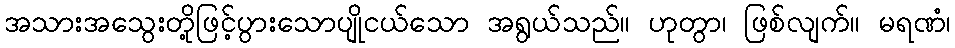
အသားအသွေးတို့ဖြင့်ပွားသောပျိုငယ်သော အရွယ်သည်။ ဟုတွာ၊ ဖြစ်လျက်။ မရဏံ၊